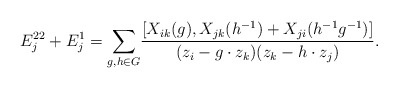
\begin{align*}E_j^{22}+E_j^1=\underset{g,h\in G}{\sum} \frac{[X_{ik}(g),X_{jk}(h^{-1})+X_{ji}(h^{-1}g^{-1})]}{(z_i-g\cdot z_k)(z_k-h\cdot z_j)}.\end{align*}